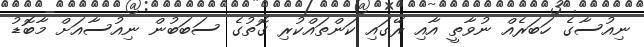
ނިއުސާގެ ހަބަރެއް ނުވާތީ އާއި ރޭގައި ކަންތައްކުރި ގޮތުގެ ސަބަބުން ނިއުސާއަށް މާބޮޑު